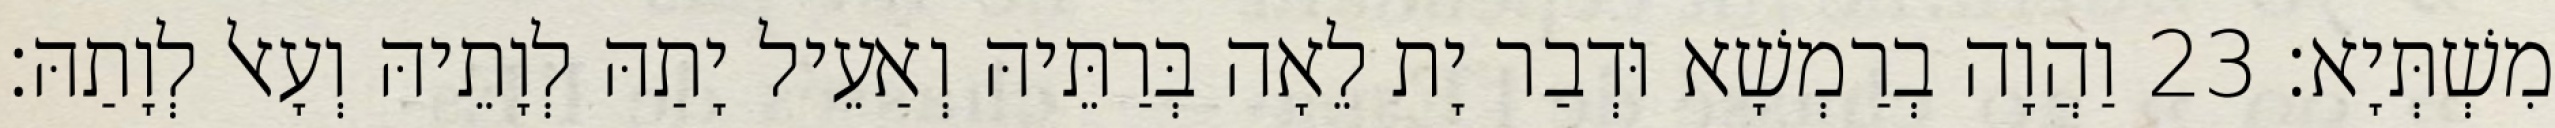
מִשְׁתְּיָא׃ 23 וַהֲוָה בְרַמְשָׁא וּדְבַר יָת לֵאָה בְּרַתֵּיהּ וְאַעֵיל יָתַהּ לְוָתֵיהּ וְעָאל לְוָתַהּ׃